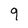
Character: 9